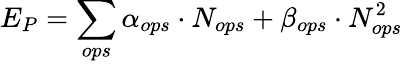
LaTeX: E_{P}=\sum_{ops}\alpha_{ops}\cdot N_{ops}+\beta_{ops}\cdot N_{ops}^{2}